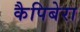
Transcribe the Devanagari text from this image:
कैपिबेरा